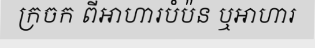
ក្រចក ពីអាហារបំប៉ន ឬអាហារ